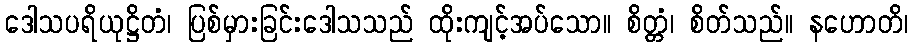
ဒေါသပရိယုဋ္ဌိတံ၊ ပြစ်မှားခြင်းဒေါသသည် ထိုးကျင့်အပ်သော။ စိတ္တံ၊ စိတ်သည်။ နဟောတိ၊